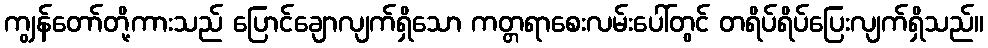
ကျွန်တော်တို့ကားသည် ပြောင်ချောလျက်ရှိသော ကတ္တရာစေးလမ်းပေါ်တွင် တရိပ်ရိပ်ပြေးလျက်ရှိသည်။